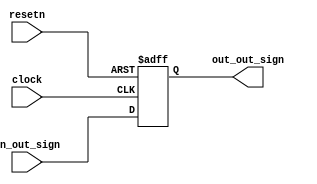
`timescale 1ns / 1ps
//////////////////////////////////////////////////////////////////////////////////
// Company: 
// Engineer: 
// 
// Design Name: 
// Module Name:    step4_status 
// Project Name: 
// Target Devices: 
// Tool versions: 
// Description: 
//
// Dependencies: 
//
// Revision: 
// Revision 0.01 - File Created
// Additional Comments: 
//
//////////////////////////////////////////////////////////////////////////////////
module step4_status(clock, resetn, in_out_sign, out_out_sign);
	input clock, resetn;
	
	input in_out_sign;
	
	output reg out_out_sign;
	
	always@(posedge clock, negedge resetn) begin
		if(!resetn) begin
			out_out_sign <=0;
		end
		else begin	
			out_out_sign <= in_out_sign;
		end
	end	

endmodule